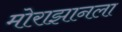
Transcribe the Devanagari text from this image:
मोराझानला